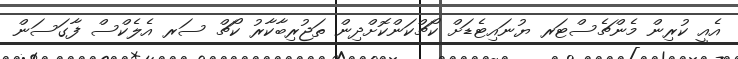
އެއީ ކުރިން މެންޗެސްޓަރ ޔުނައިޓެޑަށް ކޯޗްކަންކޮށްދިން ތަޖުރިބާކާރު ކޯޗް ސަރ އެލެކްސް ފާގަސަން